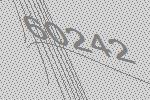
60242